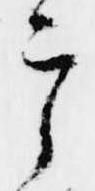
宰